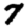
Digit: 7